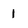
Character: 1